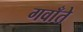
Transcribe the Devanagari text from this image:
गवाँते